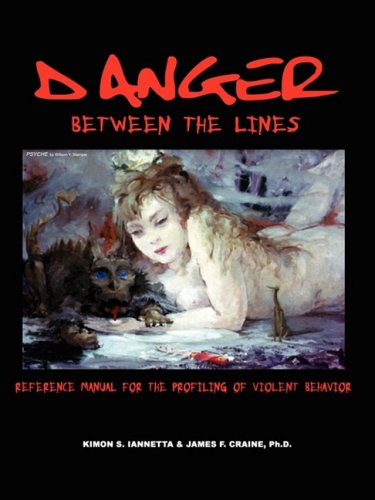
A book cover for Danger Between the Lines; Kimon Iannetta; Self-Help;